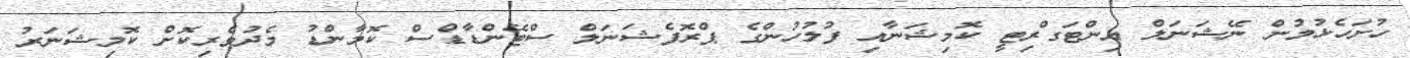
ހުށަހެޅުމުން ނޭޝަނަލް އިންޓަގްރިޓީ ކޮމިޝަނާއި ފުލުހުންގެ ޕްރޮފެޝަނަލް ސްޓޭންޑާޑްސް ކޮމާންޑު މެދުވެރިކޮށް ކޮމިޝަނަރު